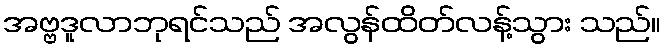
အဗ္ဗဒူလာဘုရင်သည် အလွန်ထိတ်လန့်သွား သည်။